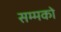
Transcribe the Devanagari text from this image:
सम्मको